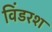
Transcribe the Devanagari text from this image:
विंडरश